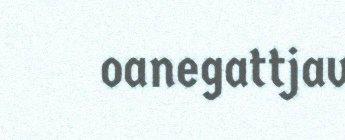
oanegattjav